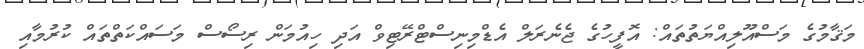
މަޤާމުގެ މަސްއޫލިއްޔަތުތައް: އޮފީހުގެ ޖެނެރަލް އެޑްމިނިސްޓްރޭޓިވް އަދި ހިއުމަން ރިސޯސް މަސައްކަތްތައް ކުރުމާއި